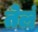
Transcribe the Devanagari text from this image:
तेलं